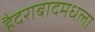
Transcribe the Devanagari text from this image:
हैदराबादमधला